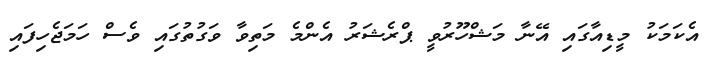
އެކަމަކު މީޑިއާގައި އޭނާ މަޝްހޫރުވީ ޕްރެޝަރު އެންމެ މަތިވާ ވަގުތުގައި ވެސް ހަމަޖެހިފައި